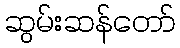
ဆွမ်းဆန်တော်